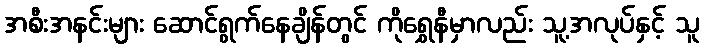
အစီးအနင်းများ ဆောင်ရွက်နေချိန်တွင် ကိုရွှေနီမှာလည်း သူ့အလုပ်နှင့် သူ